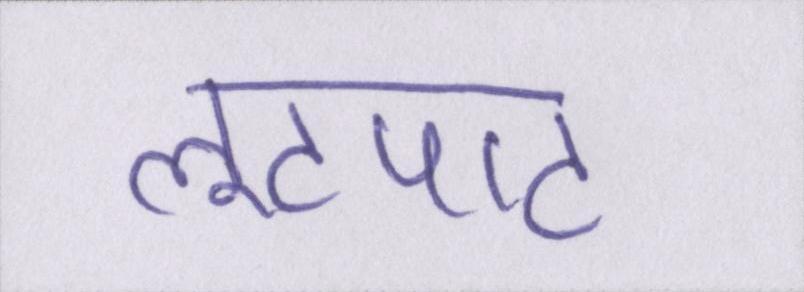
लूटपाट